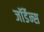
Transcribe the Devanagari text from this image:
जॉर्डेन्स